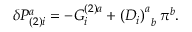
\delta { \cal P } _ { ( 2 ) i } ^ { a } = - G _ { i } ^ { ( 2 ) a } + \left( D _ { i } \right) _ { \; \; b } ^ { a } \pi ^ { b } .